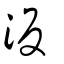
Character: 汳